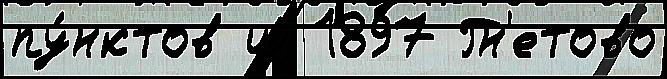
пу́нктов ш 1897 Гн'етово